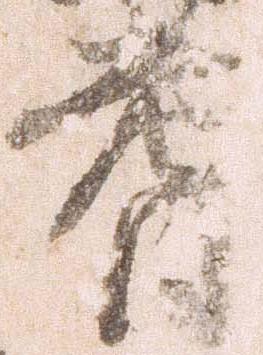
耆